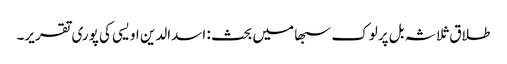
طلاق ثلاثہ بل پرلوک سبھا میں بحث : اسدالدین اویسی کی پوری تقریر۔